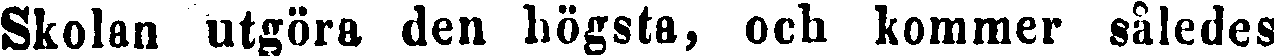
Skolan utgöra den högsta, och kommer således